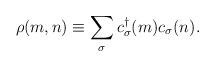
LaTeX: \begin{align*}\rho (m,n)\equiv \sum_{\sigma }c_{\sigma }^{\dagger }(m)c_{\sigma }(n).\end{align*}